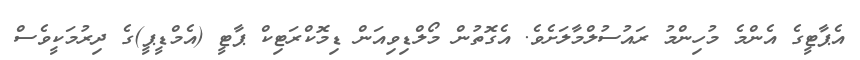
އެޕާޓީގެ އެންމެ މުހިންމު ރައުސުލްމާލަށެވެ. އެގޮތުން މޯލްޑިވިއަން ޑިމޮކްރަޓިކް ޕާޓީ (އެމްޑީޕީ)ގެ ދިރުމަކީވެސް